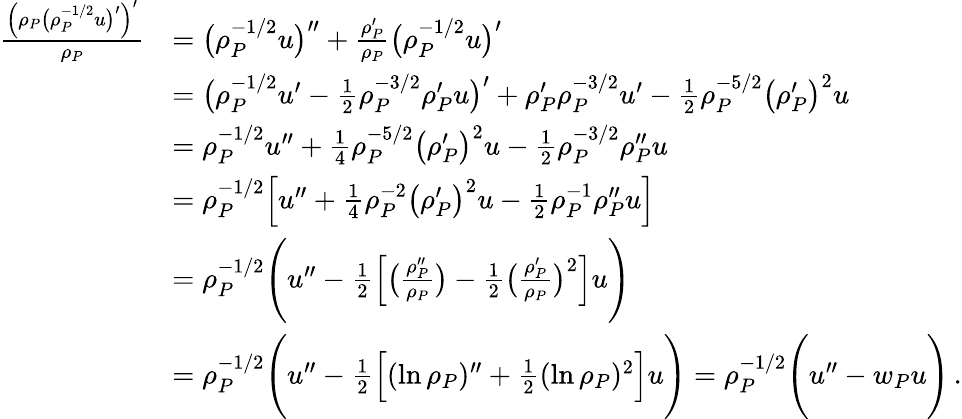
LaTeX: \begin{array}{rl}{\frac{\Big(\rho_{P}\big(\rho_{P}^{-1/2}u\big)^{\prime}\Big)^{\prime}}{\rho_{P}}}&{=\big(\rho_{P}^{-1/2}u\big)^{\prime\prime}+\frac{\rho_{P}^{\prime}}{\rho_{P}}\big(\rho_{P}^{-1/2}u\big)^{\prime}}\\ &{=\big(\rho_{P}^{-1/2}u^{\prime}-\frac{1}{2}\rho_{P}^{-3/2}\rho_{P}^{\prime}u\big)^{\prime}+\rho_{P}^{\prime}\rho_{P}^{-3/2}u^{\prime}-\frac{1}{2}\rho_{P}^{-5/2}\big(\rho_{P}^{\prime}\big)^{2}u}\\ &{=\rho_{P}^{-1/2}u^{\prime\prime}+\frac{1}{4}\rho_{P}^{-5/2}\big(\rho_{P}^{\prime}\big)^{2}u-\frac{1}{2}\rho_{P}^{-3/2}\rho_{P}^{\prime\prime}u}\\ &{=\rho_{P}^{-1/2}\Big[u^{\prime\prime}+\frac{1}{4}\rho_{P}^{-2}\big(\rho_{P}^{\prime}\big)^{2}u-\frac{1}{2}\rho_{P}^{-1}\rho_{P}^{\prime\prime}u\Big]}\\ &{=\rho_{P}^{-1/2}\Bigg(u^{\prime\prime}-\frac{1}{2}\Big[\big(\frac{\rho_{P}^{\prime\prime}}{\rho_{P}}\big)-\frac{1}{2}\big(\frac{\rho_{P}^{\prime}}{\rho_{P}}\big)^{2}\Big]u\Bigg)}\\ &{=\rho_{P}^{-1/2}\Bigg(u^{\prime\prime}-\frac{1}{2}\Big[(\ln\rho_{P})^{\prime\prime}+\frac{1}{2}(\ln\rho_{P})^{2}\Big]u\Bigg)=\rho_{P}^{-1/2}\Bigg(u^{\prime\prime}-w_{P}u\Bigg)\, .}\end{array}